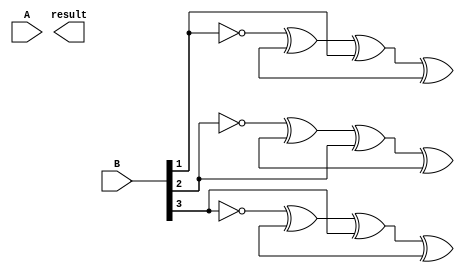
module subtractor (
    input [3:0] A,
    input [3:0] B,
    output [3:0] result
);

wire [3:0] diff;
wire [3:0] borrow;

xor xor_0 (A[0], ~B[0], diff[0]);
xor xor_1 (A[1], ~B[1], borrow[0]);
xor xor_2 (A[2], ~B[2], borrow[1]);
xor xor_3 (A[3], ~B[3], borrow[2]);

assign diff[1] = A[1] ^ B[1] ^ borrow[0];
assign diff[2] = A[2] ^ B[2] ^ borrow[1];
assign diff[3] = A[3] ^ B[3] ^ borrow[2];

assign result = diff;

endmodule